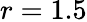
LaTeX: r=1.5